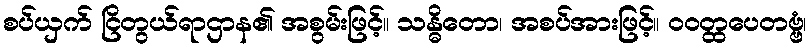
စပ်ယှက် ငြိတွယ်ရာဌာန၏ အစွမ်းဖြင့်။ သန္ဓိတော၊ အစပ်အားဖြင့်။ ဝဝတ္ထပေတဗ္ဗံ၊